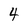
Character: 4